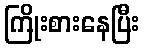
ကြိုးစားနေပြီး